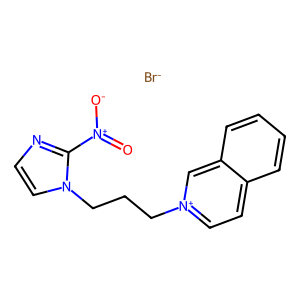
SMILES: O=[N+]([O-])c1nccn1CCC[n+]1ccc2ccccc2c1.[Br-]
Inhibits HIV replication: No